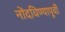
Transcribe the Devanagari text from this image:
नोंदविण्यापूर्वी